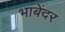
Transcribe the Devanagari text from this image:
भाबेंदर